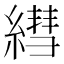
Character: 𦄑